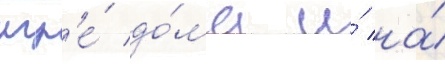
игр'е́ до́ма и́ на́